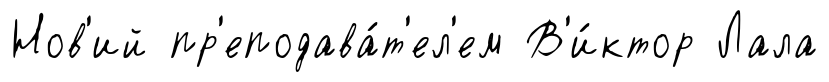
Нов'ий пр'еподава́т'ел'ем В'и́ктор Лала